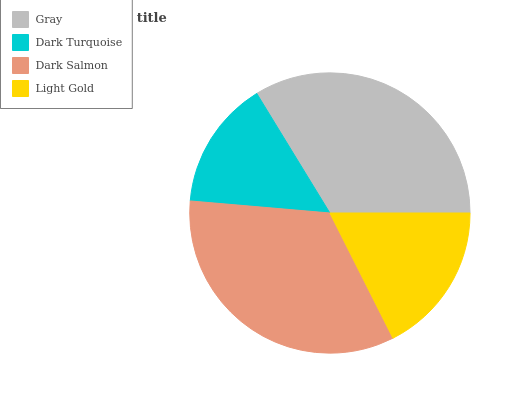
| Gray | Dark Turquoise | Dark Salmon | Light Gold |
 | --- | --- | --- | --- |
 | 33.8% | 14.9% | 33.8% | 17.5% |